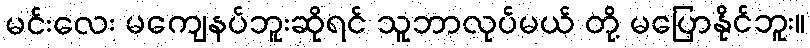
မင်းလေး မကျေနပ်ဘူးဆိုရင် သူဘာလုပ်မယ် တို့ မပြောနိုင်ဘူး။